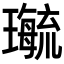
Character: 𤪝